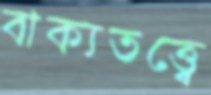
বাক্যতত্ত্বে